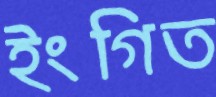
ইংগিত